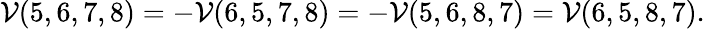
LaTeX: \mathcal V(5,6,7,8)=-\mathcal V(6,5,7,8)=-\mathcal V(5,6,8,7)=\mathcal V(6,5,8,7).